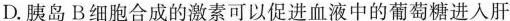
D.胰岛B细胞合成的激素可以促进血液中的葡萄糖进入肝